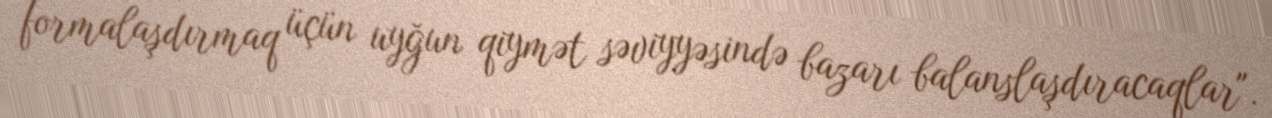
formalaşdırmaq üçün uyğun qiymət səviyyəsində bazarı balanslaşdıracaqlar".